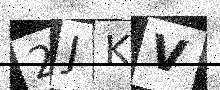
Text: 2JKV